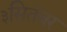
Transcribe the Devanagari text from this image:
३सितंबर